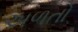
અળતો